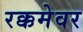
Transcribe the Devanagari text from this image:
रक्कमेवर